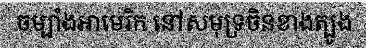
ចម្បាំងអាមេរិក នៅសមុទ្រចិនខាងត្បូង